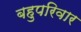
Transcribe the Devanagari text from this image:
बहुपरिवार